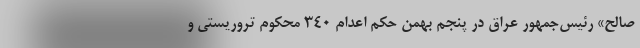
صالح» رئیس‌جمهور عراق در پنجم بهمن حکم اعدام ۳۴۰ محکوم تروریستی و